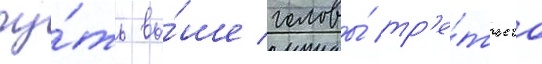
чу́ть вы́ше головы́ тр'е́тьего